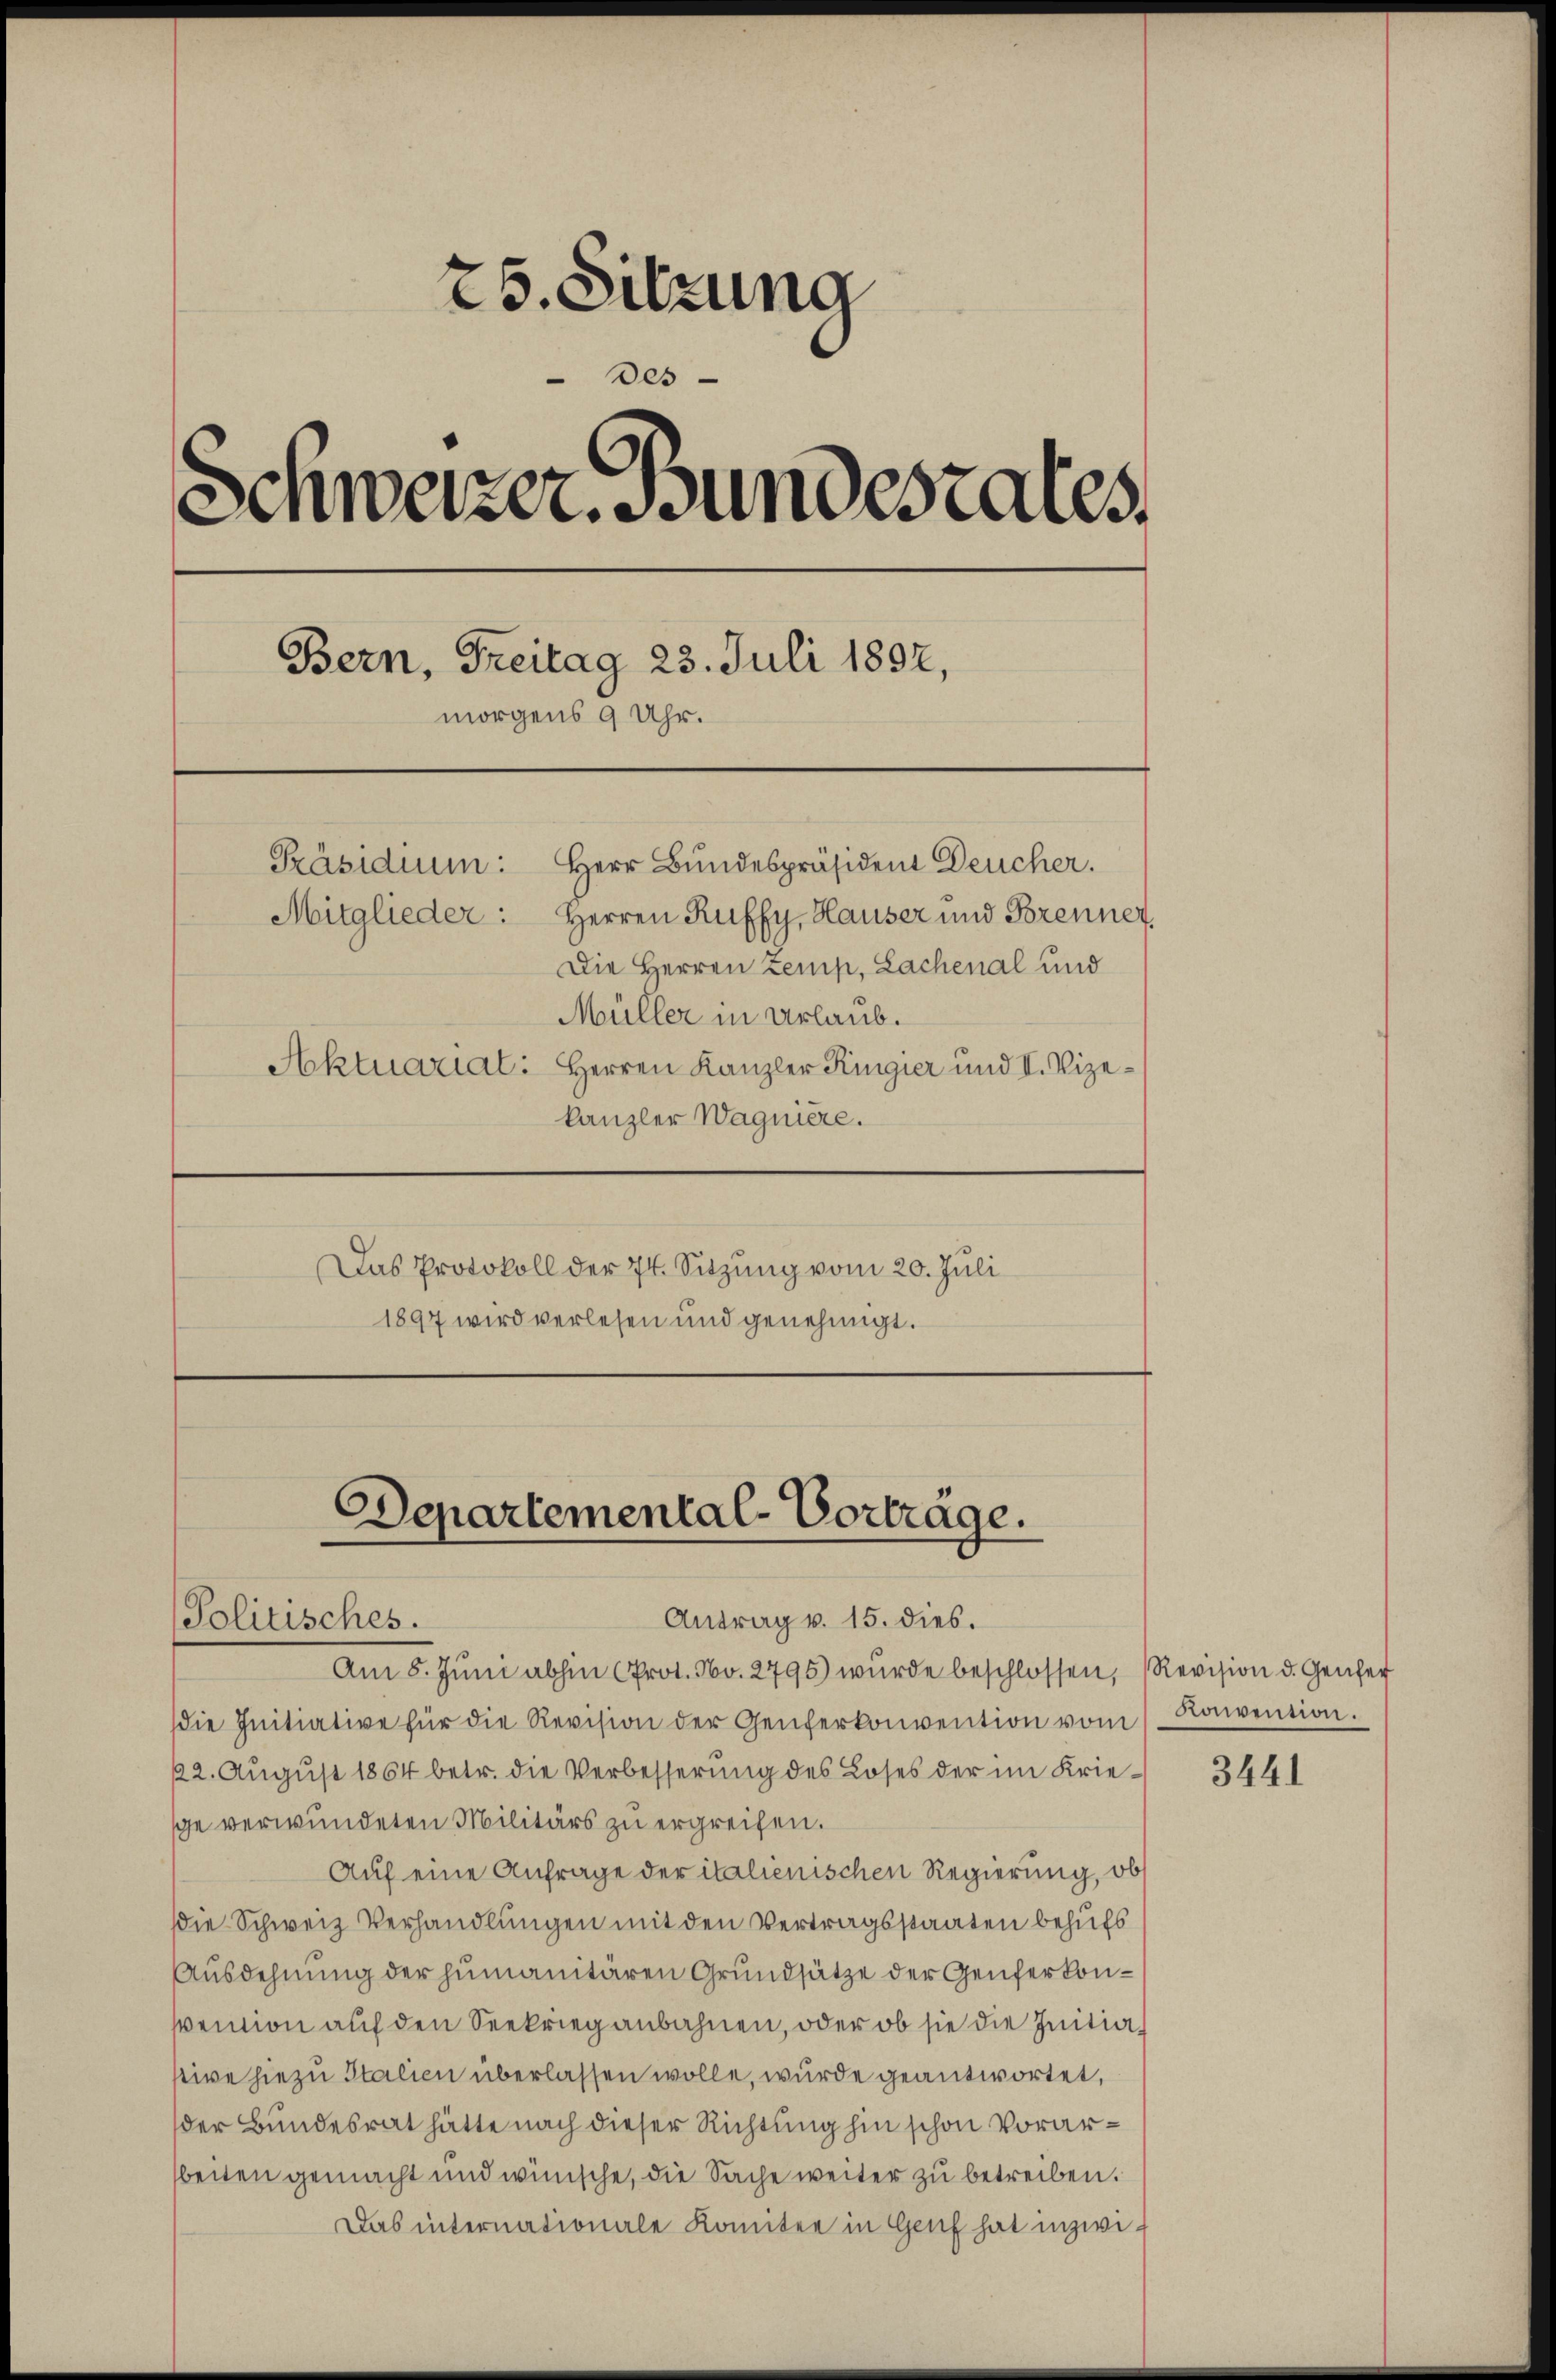
25. Sitzung
Des
Schweizer. Bundesrates.
Bern, Freitag 23. Juli 1892,
morgens 9 Uhr.
Präsidium:
Herr Bundespräsident Deucher.
Herren Ruffy, Hauser und Brenner
Mitglieder:
Die Herren Zemp, Lachenal und
Müller in Urlaub.
Aktuarial: Herren Kanzler Ringier und I. Vize¬

kanzler Wagnière.
Das Protokoll der 74. Sitzung vom 20. Juli
1897 wird verlesen und genehmigt.

Departemental-Vorträge.
Politisches.
Antrag v. 15. dies.

Am 8. Jŭni abhin (Prot. No. 2795) wurde beschlossen, Revision d. Genfer
die Initiative für die Revision der Genferkonvention vom Convention.
22. August 1864 betr. die Verbesserung des Loses der im Kriesce verwundeten Militärs zu ergreifen.
Auf eine Anfrage der italienischen Regierung, ob
die Schweiz Verhandlungen mit den Vertragsstaaten behufs
Ausdehnung der humanitären Grundsätze der Genferkonsention auf den Seekrieg anbahnen, oder ob sie die Initiastive hiezu Italien überlassen wolle, wurde geantwortet,
der Bundesrat hätte nach dieser Richtung hin schon Vorarbeiten gemacht und wünsche, die Sache weiter zu betreiben.
Das internationale Komitee in Genf hat inzwi¬

3441